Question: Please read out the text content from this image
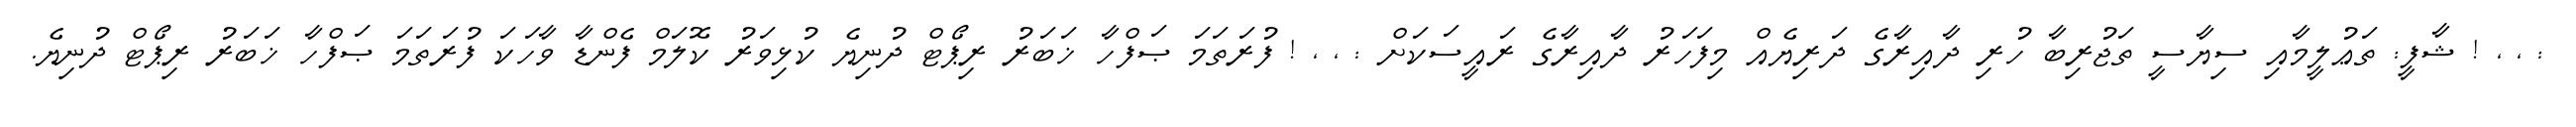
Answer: : , , ! ޝާފީ: ތަޢުލީމާއި ސިޔާސީ ތަޖުރިބާ ހުރި ދާއިރާގެ ދަރިޔެއް މިފަހަރު ދާއިރާގެ ރައީސަކަށް : , , ! ފުރަތަމަ ޞަފްހާ ޚަބަރު ރިޕޯޓް ދުނިޔެ ކުޅިވަރު ކޮލަމް ފެންޑާ ވާހަކަ ފުރަތަމަ ޞަފްހާ ޚަބަރު ރިޕޯޓް ދުނިޔެ.